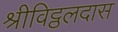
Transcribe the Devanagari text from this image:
श्रीविट्ठलदास